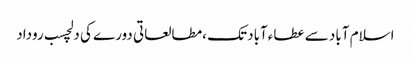
اسلام آباد سے عطاءآباد تک ،مطالعاتی دورے کی دلچسب روداد